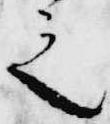
之